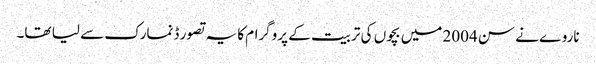
ناروے نے سن 2004 میں بچوں کی تربیت کے پروگرام کا یہ تصور ڈنمارک سے لیا تھا۔